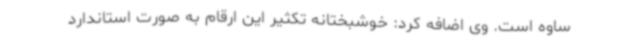
ساوه است. وی اضافه کرد: خوشبختانه تکثیر این ارقام به صورت استاندارد